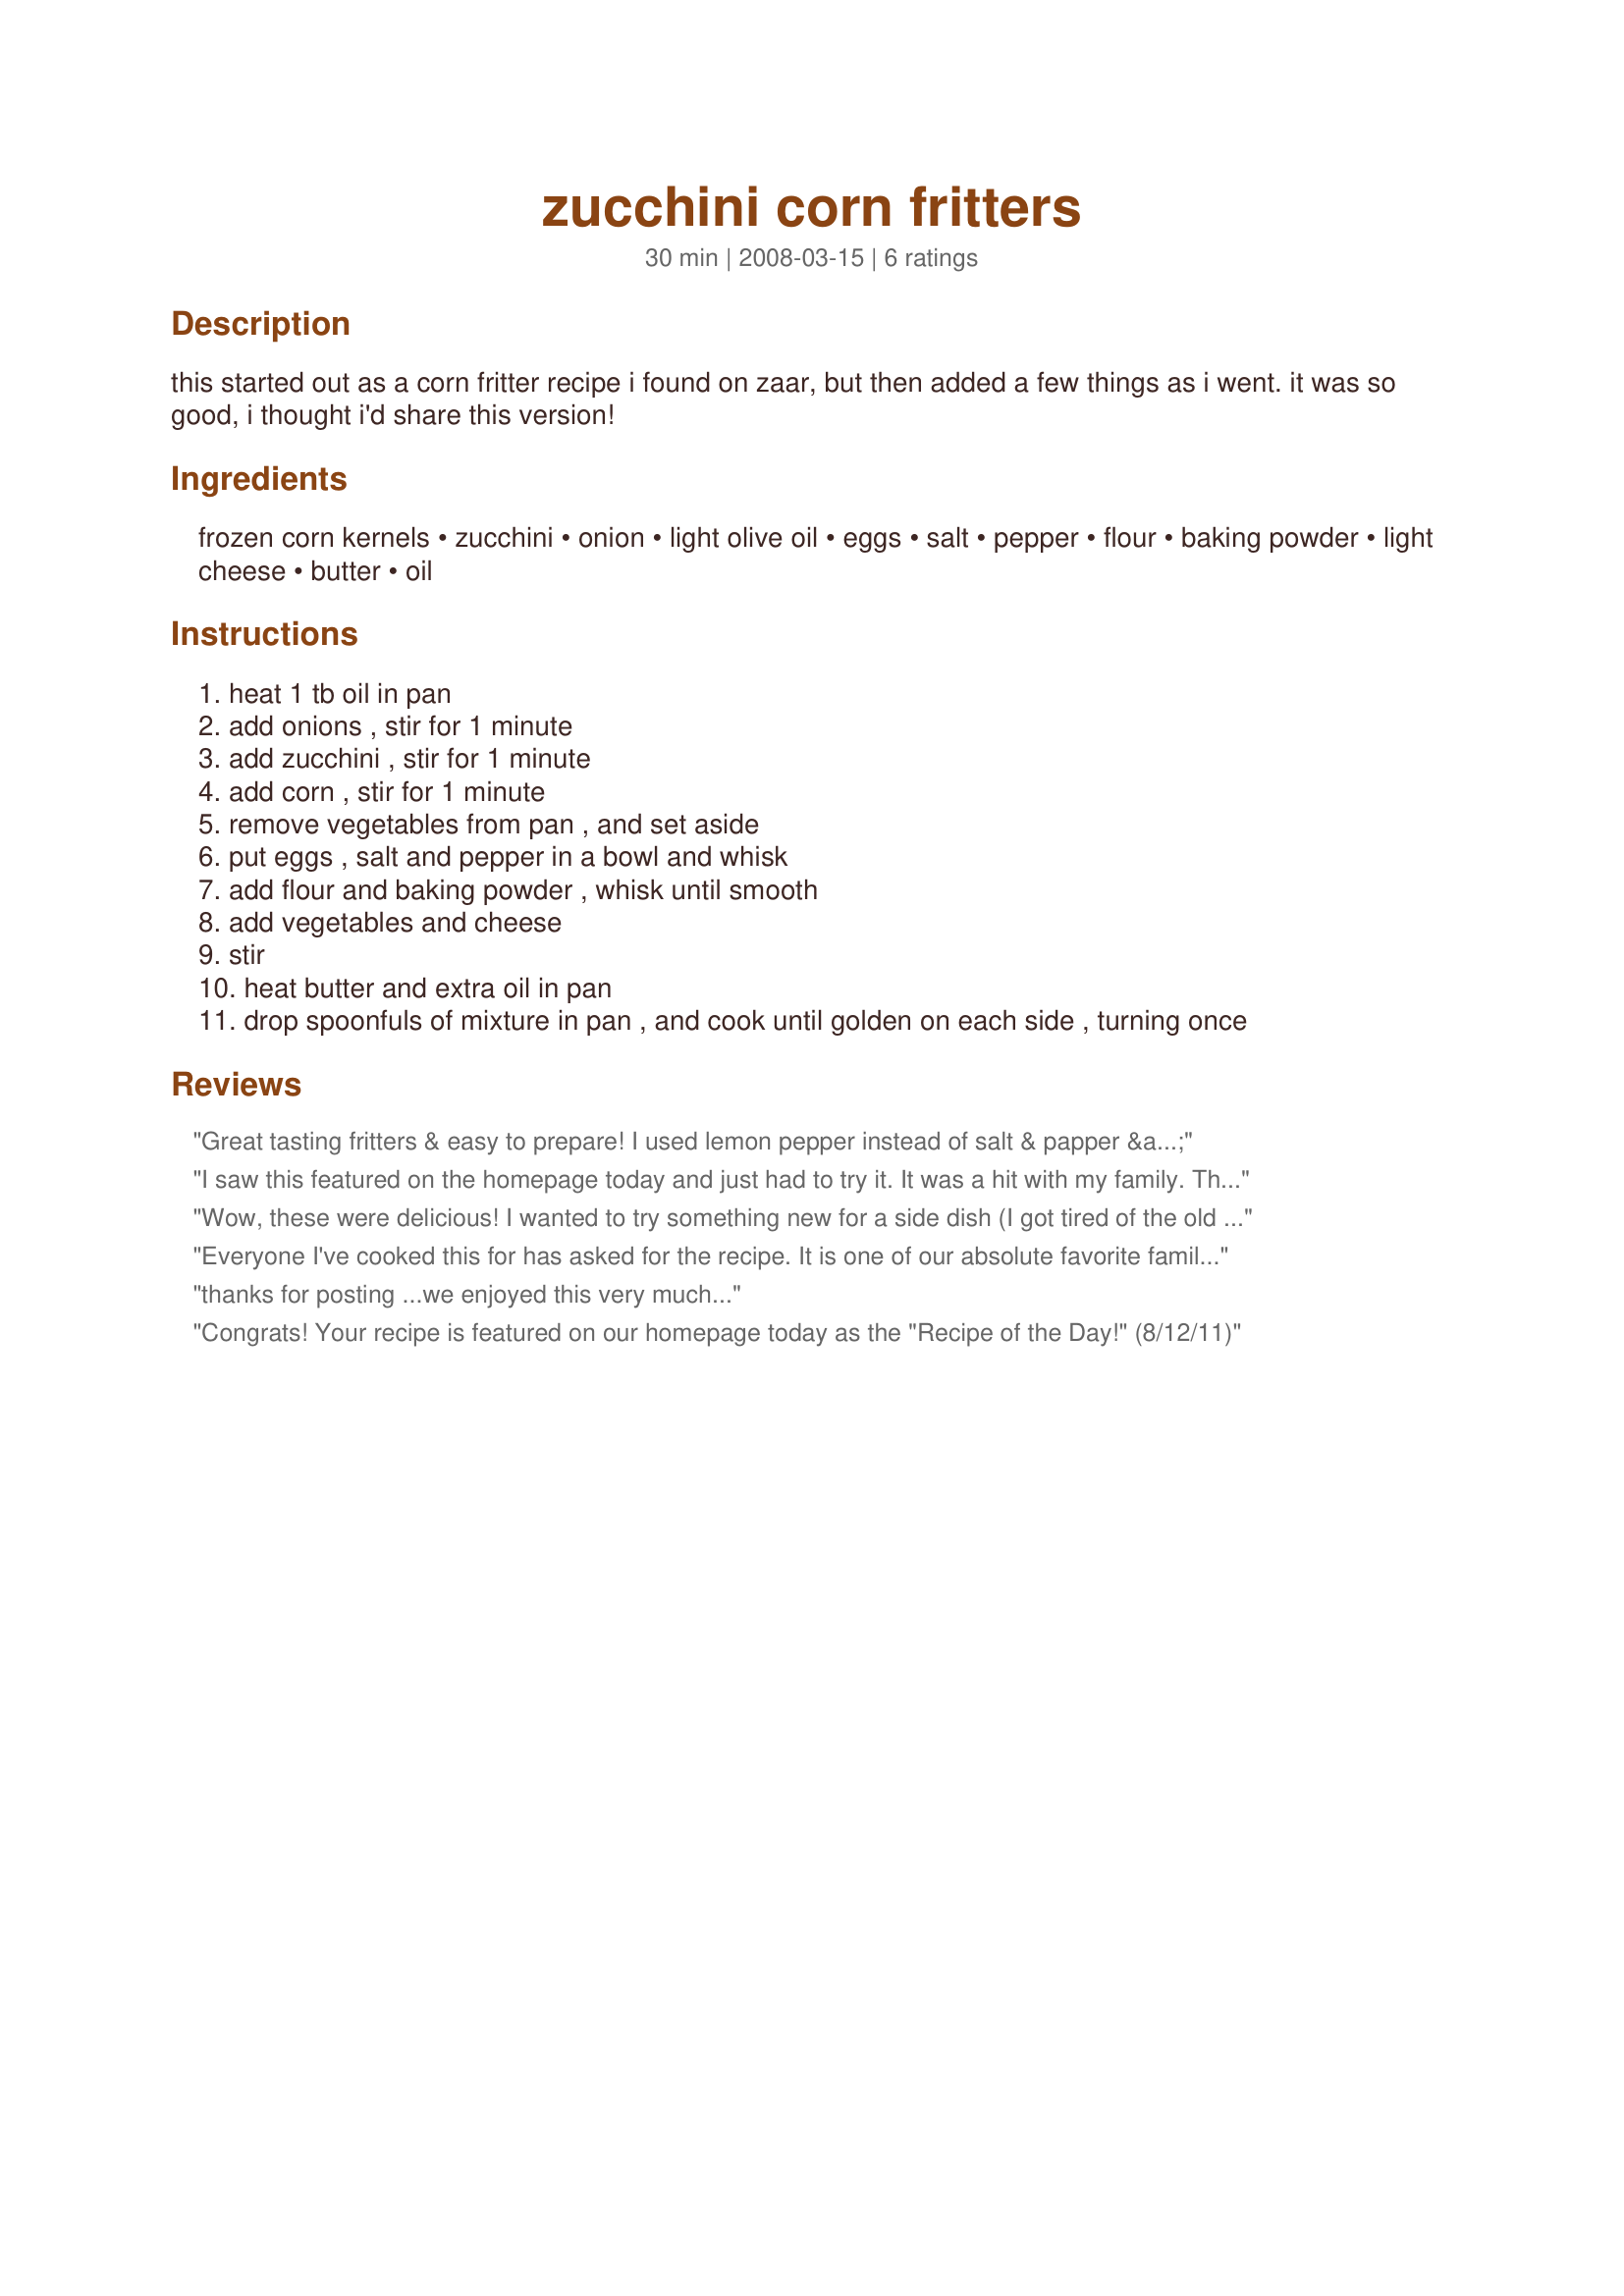
zucchini corn fritters
Preparation time: 30 minutes

this started out as a corn fritter recipe i found on zaar, but then added a few things as i went. it was so good, i thought i'd share this version!

Ingredients:
frozen corn kernels, zucchini, onion, light olive oil, eggs, salt, pepper, flour, baking powder, light cheese, butter, oil

Steps:
heat 1 tb oil in pan
add onions , stir for 1 minute
add zucchini , stir for 1 minute
add corn , stir for 1 minute
remove vegetables from pan , and set aside
put eggs , salt and pepper in a bowl and whisk
add flour and baking powder , whisk until smooth
add vegetables and cheese
stir
heat butter and extra oil in pan
drop spoonfuls of mixture in pan , and cook until golden on each side , turning once

Reviews:
Great tasting fritters & easy to prepare! I used lemon pepper instead of salt & papper & the cheese was a low-fat, mild cheddar! Will be making this again, as it's definitely something my son & daughterin-law would like! Thanks for sharing! [Made & reviewed for one of my adopted chefs in this Spring's PAC]
I saw this featured on the homepage today and just had to try it. It was a hit with my family. The only thing differently I did was added shredded carrots. Thanks for sharing your recipe.
Wow, these were delicious! I wanted to try something new for a side dish (I got tired of the old stand-bys) and came across this recipe. I liked the addition of zucchini, so I decided to try it. I didn&#039;t make the world&#039;s most beautiful fritters, but they were darned tasty. My husband loved them, and they were all my 15-month old twins wanted to eat at dinner. The only change I made was I grated the onion instead of dicing it (so the little ones didn&#039;t chomp down on a big piece of onion) and I added a sprinkle of Italian seasoned breadcrumbs to the flour mixture... because I, for some reason, thought I was supposed to. No, it isn&#039;t anywhere in the ingredient list or the instructions. Must have read to do that in a different recipe.
Everyone I've cooked this for has asked for the recipe. It is one of our absolute favorite family sides and one of my favorite finds on food.com, as well. When I haven't had these veggies on hand, I've used carrots or squash instead. It is always a winner!
thanks for posting ...we enjoyed this very much...
Congrats! Your recipe is featured on our homepage today as the "Recipe of the Day!" (8/12/11)
